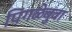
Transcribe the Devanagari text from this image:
पिंगळेबुवा